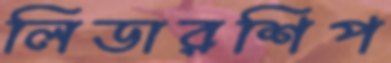
লিডারশিপ